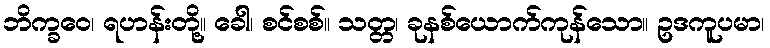
ဘိက္ခဝေ၊ ရဟန်းတို့။ ခေါ၊ စင်စစ်။ သတ္တ၊ ခုနစ်ယောက်ကုန်သော။ ဥဒကူပမာ၊